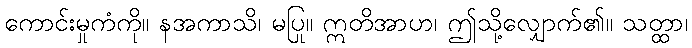
ကောင်းမှုကံကို။ နအကာသိ၊ မပြု။ ဣတိအာဟ၊ ဤသို့လျှောက်၏။ သတ္ထာ၊